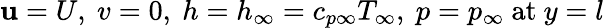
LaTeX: \mathbf{u}=U,\ v=0,\ h=h_{\infty}=c_{p\infty}T_{\infty},\ p=p_{\infty}\ {\mathrm{{at}}}\ y=l